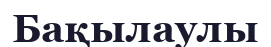
Бақылаулы